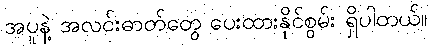
အပူနဲ့ အလင်းဓာတ်တွေ ပေးထားနိုင်စွမ်း ရှိပါတယ်။